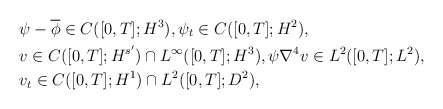
\begin{align*}& \psi-\overline{\phi}\in C([0,T]; H^3), \psi_t \in C([0,T]; H^2),\\& v\in C([0,T] ; H^{s'})\cap L^\infty([0,T]; H^3) , \psi \nabla^4 v\in L^2([0,T] ; L^2), \\& v_t \in C([0,T] ; H^1)\cap L^2([0,T] ; D^2),\end{align*}